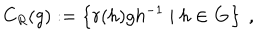
LaTeX: C _ { R } ( g ) : = \left\{ r ( h ) g h ^ { - 1 } \mid h \in \mathbf { G } \right\} ~ ,